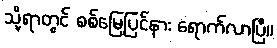
သို့ရာတွင် စစ်မြေပြင်နား ရောက်လာပြီ။